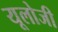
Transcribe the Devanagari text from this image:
यूलोजी